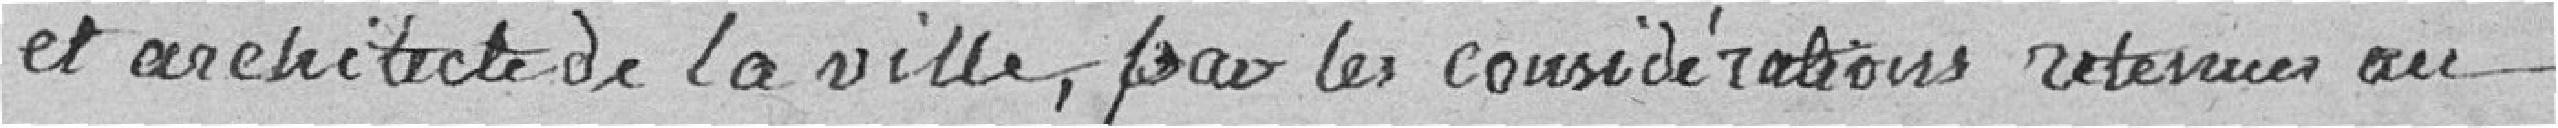
et architecte de la Ville, pour les considérations retenues au